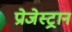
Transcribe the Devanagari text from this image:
प्रोजेस्ट्रान